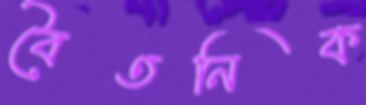
বৈতনিক